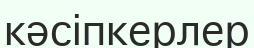
кәсіпкерлер